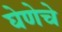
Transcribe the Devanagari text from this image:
घेणेचे